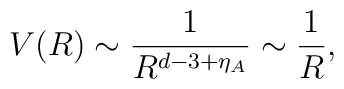
V(R)\sim \frac{1}{R^{d-3+\eta_A}}\sim\frac{1}{R},